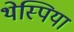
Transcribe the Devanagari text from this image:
थेस्पिया